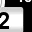
Digit: 2